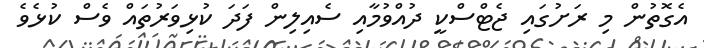
އެގޮތުން މި ރަށުގައި ޖެޓްސްކީ ދުއްވުމާއި ސެއިލިން ފަދަ ކުޅިވަރުތައް ވެސް ކުޅެވެ